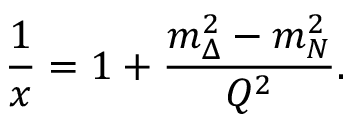
{ \frac { 1 } { x } } = 1 + { \frac { m _ { \Delta } ^ { 2 } - m _ { N } ^ { 2 } } { Q ^ { 2 } } } .